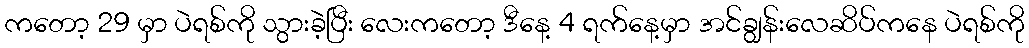
ကတော့ 29 မှာ ပဲရစ်ကို သွားခဲ့ပြီး လေးကတော့ ဒီနေ့ 4 ရက်နေ့မှာ အင်ချွန်းလေဆိပ်ကနေ ပဲရစ်ကို